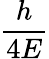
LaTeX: \frac{h}{4E}